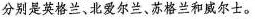
分别是英格兰、北爱尔兰、苏格兰和威尔士。